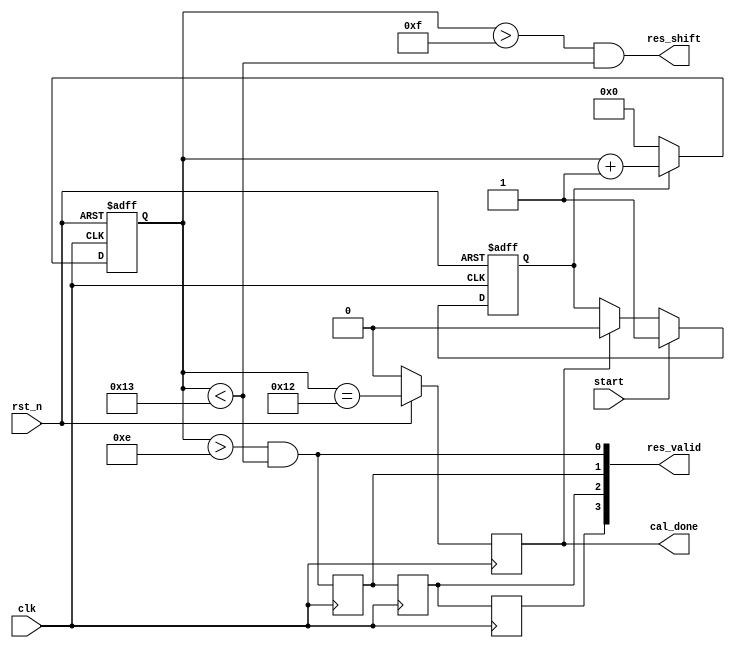
// systolic control unit

/*
Authour: Wang Lei, National University of Defense Technology, P.R.China.

This is a copntroller for the systolic array of our architecture.

Use this please cite: 

[1] Yang. Zhijie, Wang. Lei, et al., "Bactran: A Hardware Batch Normalization Implementation for CNN Training Engine," in IEEE Embedded Systems Letters, vol. 13, no. 1, pp. 29-32, March 2021.

This code follows the MIT License

Copyright (c) 2021 Yang Zhijie and Wang Lei of National University of Defense Technology, P.R.China

Permission is hereby granted, free of charge, to any person obtaining a copy
of this software and associated documentation files (the "Software"), to deal
in the Software without restriction, including without limitation the rights
to use, copy, modify, merge, publish, distribute, sublicense, and/or sell
copies of the Software, and to permit persons to whom the Software is
furnished to do so, subject to the following conditions:

The above copyright notice and this permission notice shall be included in all
copies or substantial portions of the Software.

THE SOFTWARE IS PROVIDED "AS IS", WITHOUT WARRANTY OF ANY KIND, EXPRESS OR
IMPLIED, INCLUDING BUT NOT LIMITED TO THE WARRANTIES OF MERCHANTABILITY,
FITNESS FOR A PARTICULAR PURPOSE AND NONINFRINGEMENT. IN NO EVENT SHALL THE
AUTHORS OR COPYRIGHT HOLDERS BE LIABLE FOR ANY CLAIM, DAMAGES OR OTHER
LIABILITY, WHETHER IN AN ACTION OF CONTRACT, TORT OR OTHERWISE, ARISING FROM,
OUT OF OR IN CONNECTION WITH THE SOFTWARE OR THE USE OR OTHER DEALINGS IN THE
SOFTWARE.
*/

module systolic_ctrl #(
    parameter PE_ROW_NUM = 4,
    parameter PE_COL_NUM = 4,
    parameter DATA_WIDTH = 32,
    parameter KERNEL_SIZE = 9
 )
(
    input clk,
    input rst_n,
    input start,
    output reg cal_done,
    // to pe matrix
    output res_shift,

    output[PE_ROW_NUM-1:0] res_valid
);
    wire valid;
    reg [31:0] counter;
    reg [PE_ROW_NUM-1:0] valid_reg;
    reg enable;
    // ****************************
    // data input/output control
    // ****************************

    
    // ****************************
    // systolic calculation control
    // ****************************
    always@(posedge clk or negedge rst_n)
    if(~rst_n)
	enable <= 1'b0;
    else if(start)
	enable <= 1'b1;
    else if(cal_done)
	enable <= 1'b0;

    always@(posedge clk or negedge rst_n)
    if(~rst_n)
        counter <= 32'b0;
    else if(enable)
        counter <= counter + 1'b1;
    else 
        counter <= 32'b0;
    
    assign res_shift = counter > (KERNEL_SIZE+PE_COL_NUM+2) &&
                       counter < (KERNEL_SIZE+PE_COL_NUM+PE_ROW_NUM+2);
    assign valid = counter > (KERNEL_SIZE+PE_COL_NUM+1) &&
			 counter < (KERNEL_SIZE+PE_COL_NUM+PE_ROW_NUM+2);
    wire cal_done_wire = counter == (KERNEL_SIZE+PE_COL_NUM+PE_ROW_NUM+1);
    always@(posedge clk)
    if(~rst_n)
        cal_done <= 1'b0;
    else
        cal_done <= cal_done_wire;
genvar i;
    always@(*)
	valid_reg[0] = valid; 
generate for (i=1;i<PE_ROW_NUM;i=i+1)begin : result_valid
    always@(posedge clk)
    	valid_reg[i] <= valid_reg[i-1];
end
endgenerate
    assign res_valid = valid_reg; 

endmodule